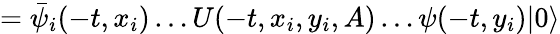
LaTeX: =\bar{\psi}_{i}(-t,x_{i})\ldots U(-t,x_{i},y_{i},A)\ldots\psi(-t,y_{i})|0\rangle